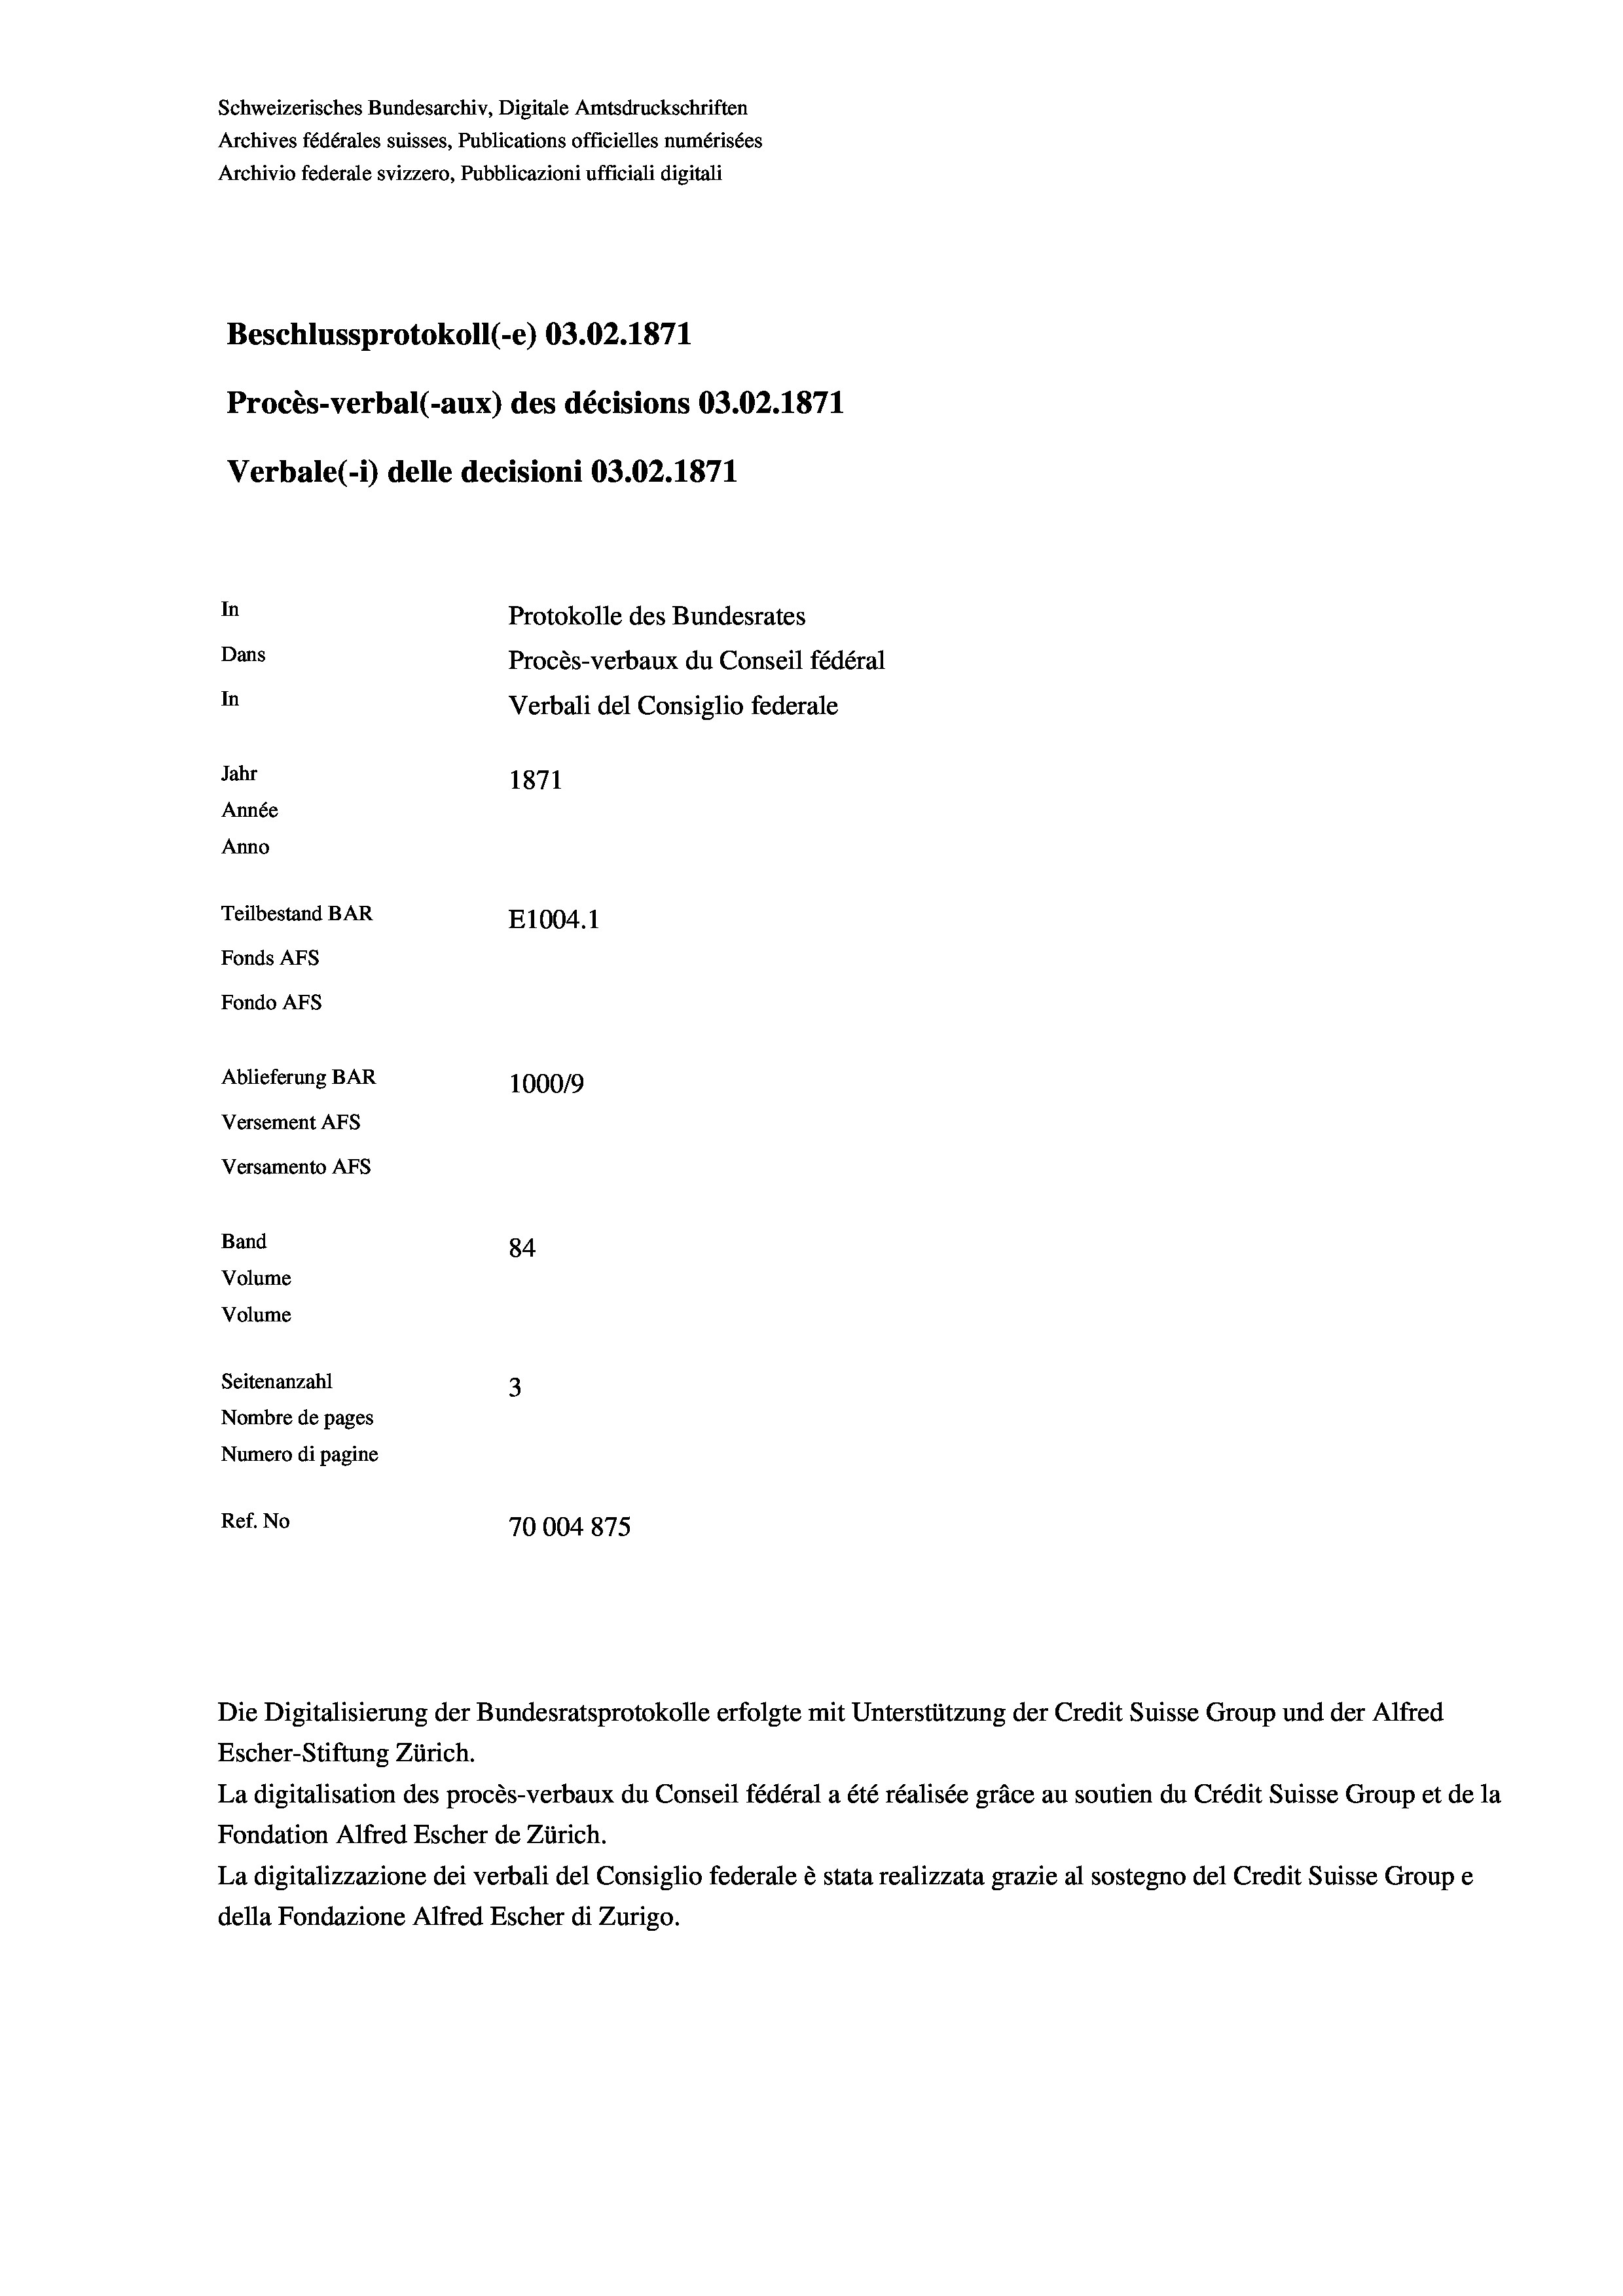
Schweizerisches Bundesarchiv, Digitale Amtsdruckschriften
Archives fédérales suisses, Publications officielles numérisées
Archivio federale svizzero, Pubblicazioni ufficiali digitali
Beschlussprotokoll (-e) 03.02. 1871
Procès-verbal (-aux) des décisions 03.02. 1871
Verbale (- 1) delle decisioni 03.02. 1871
In
Protokolle des Bundesrates
Dans
Procès-verbaux du Conseil fédéral
In
Verbali del Consiglio federale
Jahr
1871
Année
Anno
Teilbestand BAR
E1004. 1
Fonds AFs
Fondo AFs
Ablieferung BAR
100019
Versement Abs
Versamento Afs
Band
84
Volume
Volume
Seitenanzahl
3
Nombre de pages
Numero di pagine
Ref. No
70004 875

Die Digitalisierung der Bundesratsprotokolle erfolgte mit Unterstützung der Credit Suisse Group und der Alfred
Escher-Stiftung Zürich.

La digitalisation des procès-verbaux du Conseil fédéral a été réalisée gräce au soutien du Crédit Suisse Group et de la
Fondation Alfred Escher de Zürich.
La digitalizzazione dei verbali del Consiglio federale è stata realizzata grazie al sostegno del Credit Suisse Groupe
della Fondazione Alfred Escher di Zurigo.